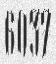
6037